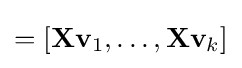
=[\mathbf {X} \mathbf {v} _{1},\ldots ,\mathbf {X} \mathbf {v} _{k}]